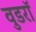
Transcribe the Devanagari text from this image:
वुडरॉ